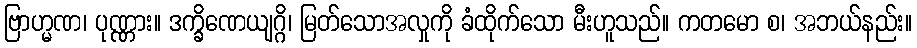
ဗြာဟ္မဏ၊ ပုဏ္ဏား။ ဒက္ခိဏေယျဂ္ဂိ၊ မြတ်သောအလှုကို ခံထိုက်သော မီးဟူသည်။ ကတမော စ၊ အဘယ်နည်း။